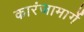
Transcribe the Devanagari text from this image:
कारंजामार्गे